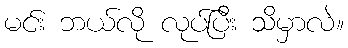
မင်း ဘယ်လို လုပ်ပြီး သိမှာလဲ။